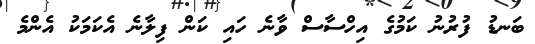
ބަނޑު ފުރުނު ކަމުގެ އިހްސާސް ވާނެ ހައި ކަން ފިލާނެ އެކަމަކު އެންމެ